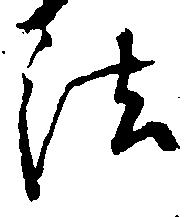
法